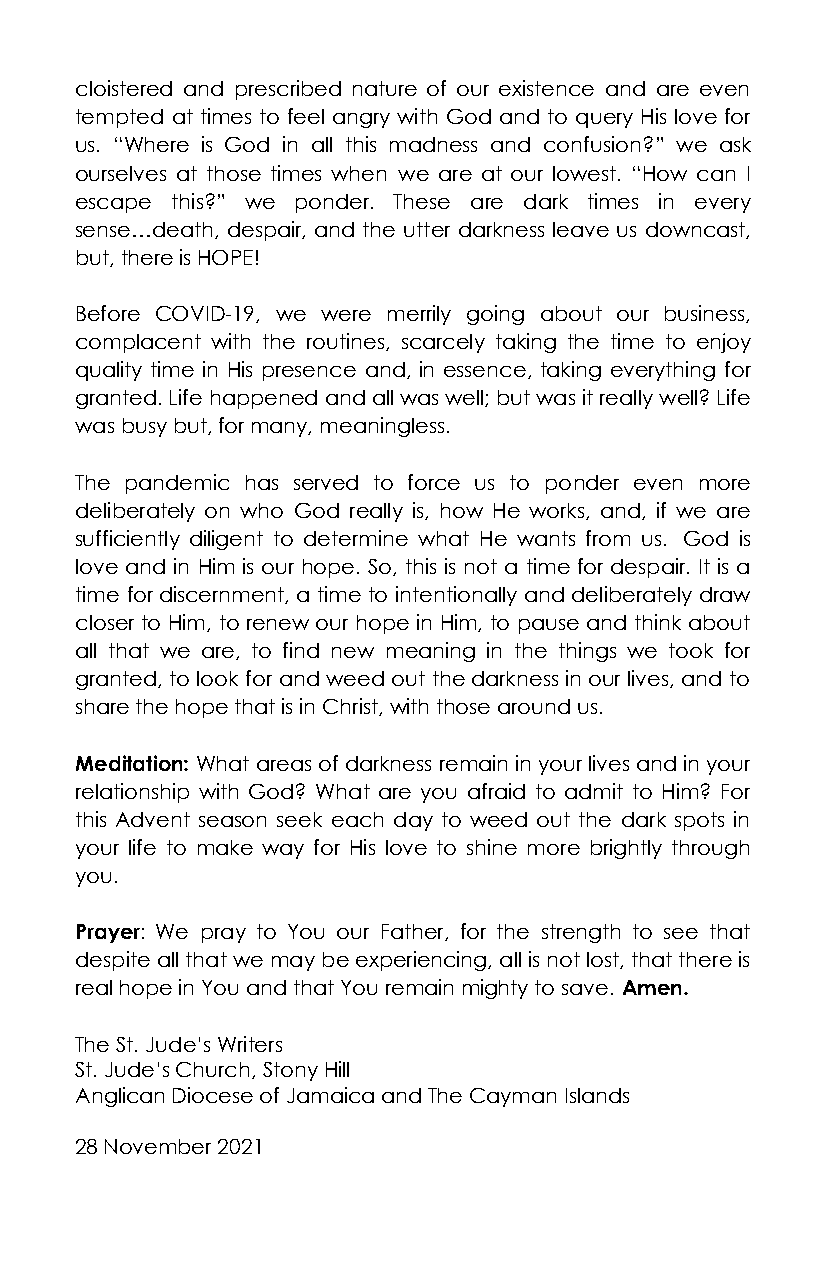
cloistered and prescribed nature of our existence and are even
 tempted at times to feel angry with God and to query His love for
 us. “Where is God in all this madness and confusion?” we ask
 ourselves at those times when we are at our lowest. “How can I
 escape this?” we ponder. These are dark times in every
 sense…death, despair, and the utter darkness leave us downcast,
 but, there is HOPE!
 Before COVID-19, we were merrily going about our business,
 complacent with the routines, scarcely taking the time to enjoy
 quality time in His presence and, in essence, taking everything for
 granted. Life happened and all was well; but was it really well? Life
 was busy but, for many, meaningless.
 The pandemic has served to force us to ponder even more
 deliberately on who God really is, how He works, and, if we are
 sufficiently diligent to determine what He wants from us. God is
 love and in Him is our hope. So, this is not a time for despair. It is a
 time for discernment, a time to intentionally and deliberately draw
 closer to Him, to renew our hope in Him, to pause and think about
 all that we are, to find new meaning in the things we took for
 granted, to look for and weed out the darkness in our lives, and to
 share the hope that is in Christ, with those around us.
 Meditation: What areas of darkness remain in your lives and in your
 relationship with God? What are you afraid to admit to Him? For
 this Advent season seek each day to weed out the dark spots in
 your life to make way for His love to shine more brightly through
 you.
 Prayer: We pray to You our Father, for the strength to see that
 despite all that we may be experiencing, all is not lost, that there is
 real hope in You and that You remain mighty to save. Amen.
 The St. Jude’s Writers
 St. Jude’s Church, Stony Hill
 Anglican Diocese of Jamaica and The Cayman Islands
 28 November 2021